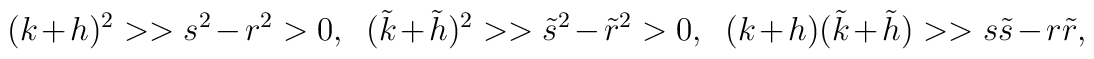
(k+h)^2 >> s^2-r^2>0, \ \ (\tilde{k}+\tilde{h})^2>>\tilde{s}^2-\tilde{r}^2>0,\ \ (k+h)(\tilde{k}+\tilde{h})>>s\tilde{s}-r\tilde{r},